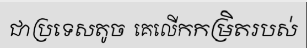
ជាប្រទេសតូច  គេលើកកម្រិតរបស់